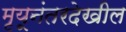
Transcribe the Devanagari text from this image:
मृयूनंतरदेखील